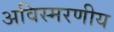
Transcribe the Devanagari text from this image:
अविस्‍मरणीय